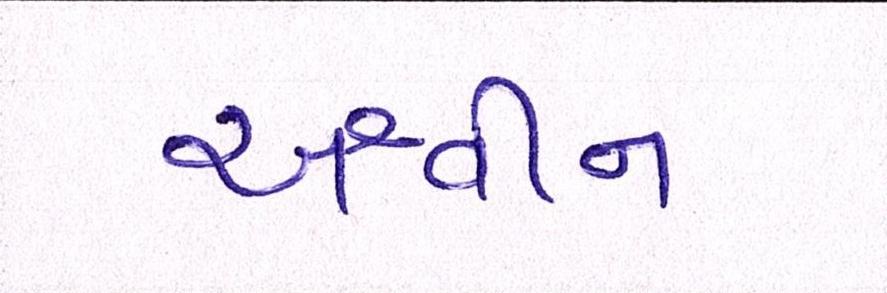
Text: અશ્વીન